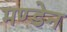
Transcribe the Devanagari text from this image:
मण्‍डेन